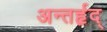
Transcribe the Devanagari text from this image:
अन्तर्हृद्‍